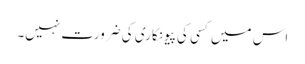
اس میں کسی کی پیونکاری کی ضرورت نہیں۔